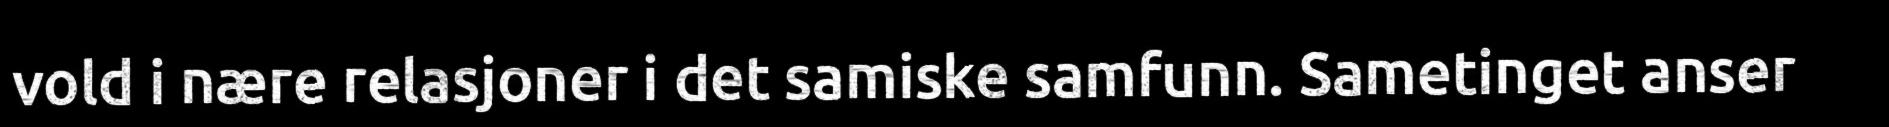
vold i nære relasjoner i det samiske samfunn. Sametinget anser